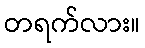
တရက်လား။